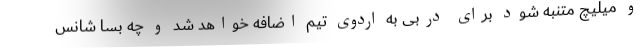
و میلیچ متنبه شود برای دربی به اردوی تیم اضافه خواهد شد و چه بسا شانس